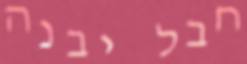
חבל יבנה